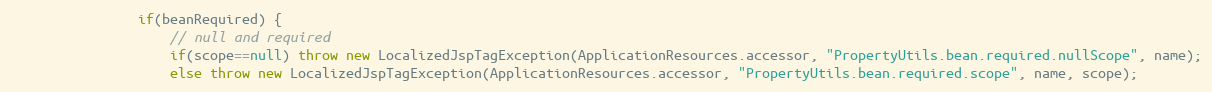
Language: Java
				if(beanRequired) {
					// null and required
					if(scope==null) throw new LocalizedJspTagException(ApplicationResources.accessor, "PropertyUtils.bean.required.nullScope", name);
					else throw new LocalizedJspTagException(ApplicationResources.accessor, "PropertyUtils.bean.required.scope", name, scope);